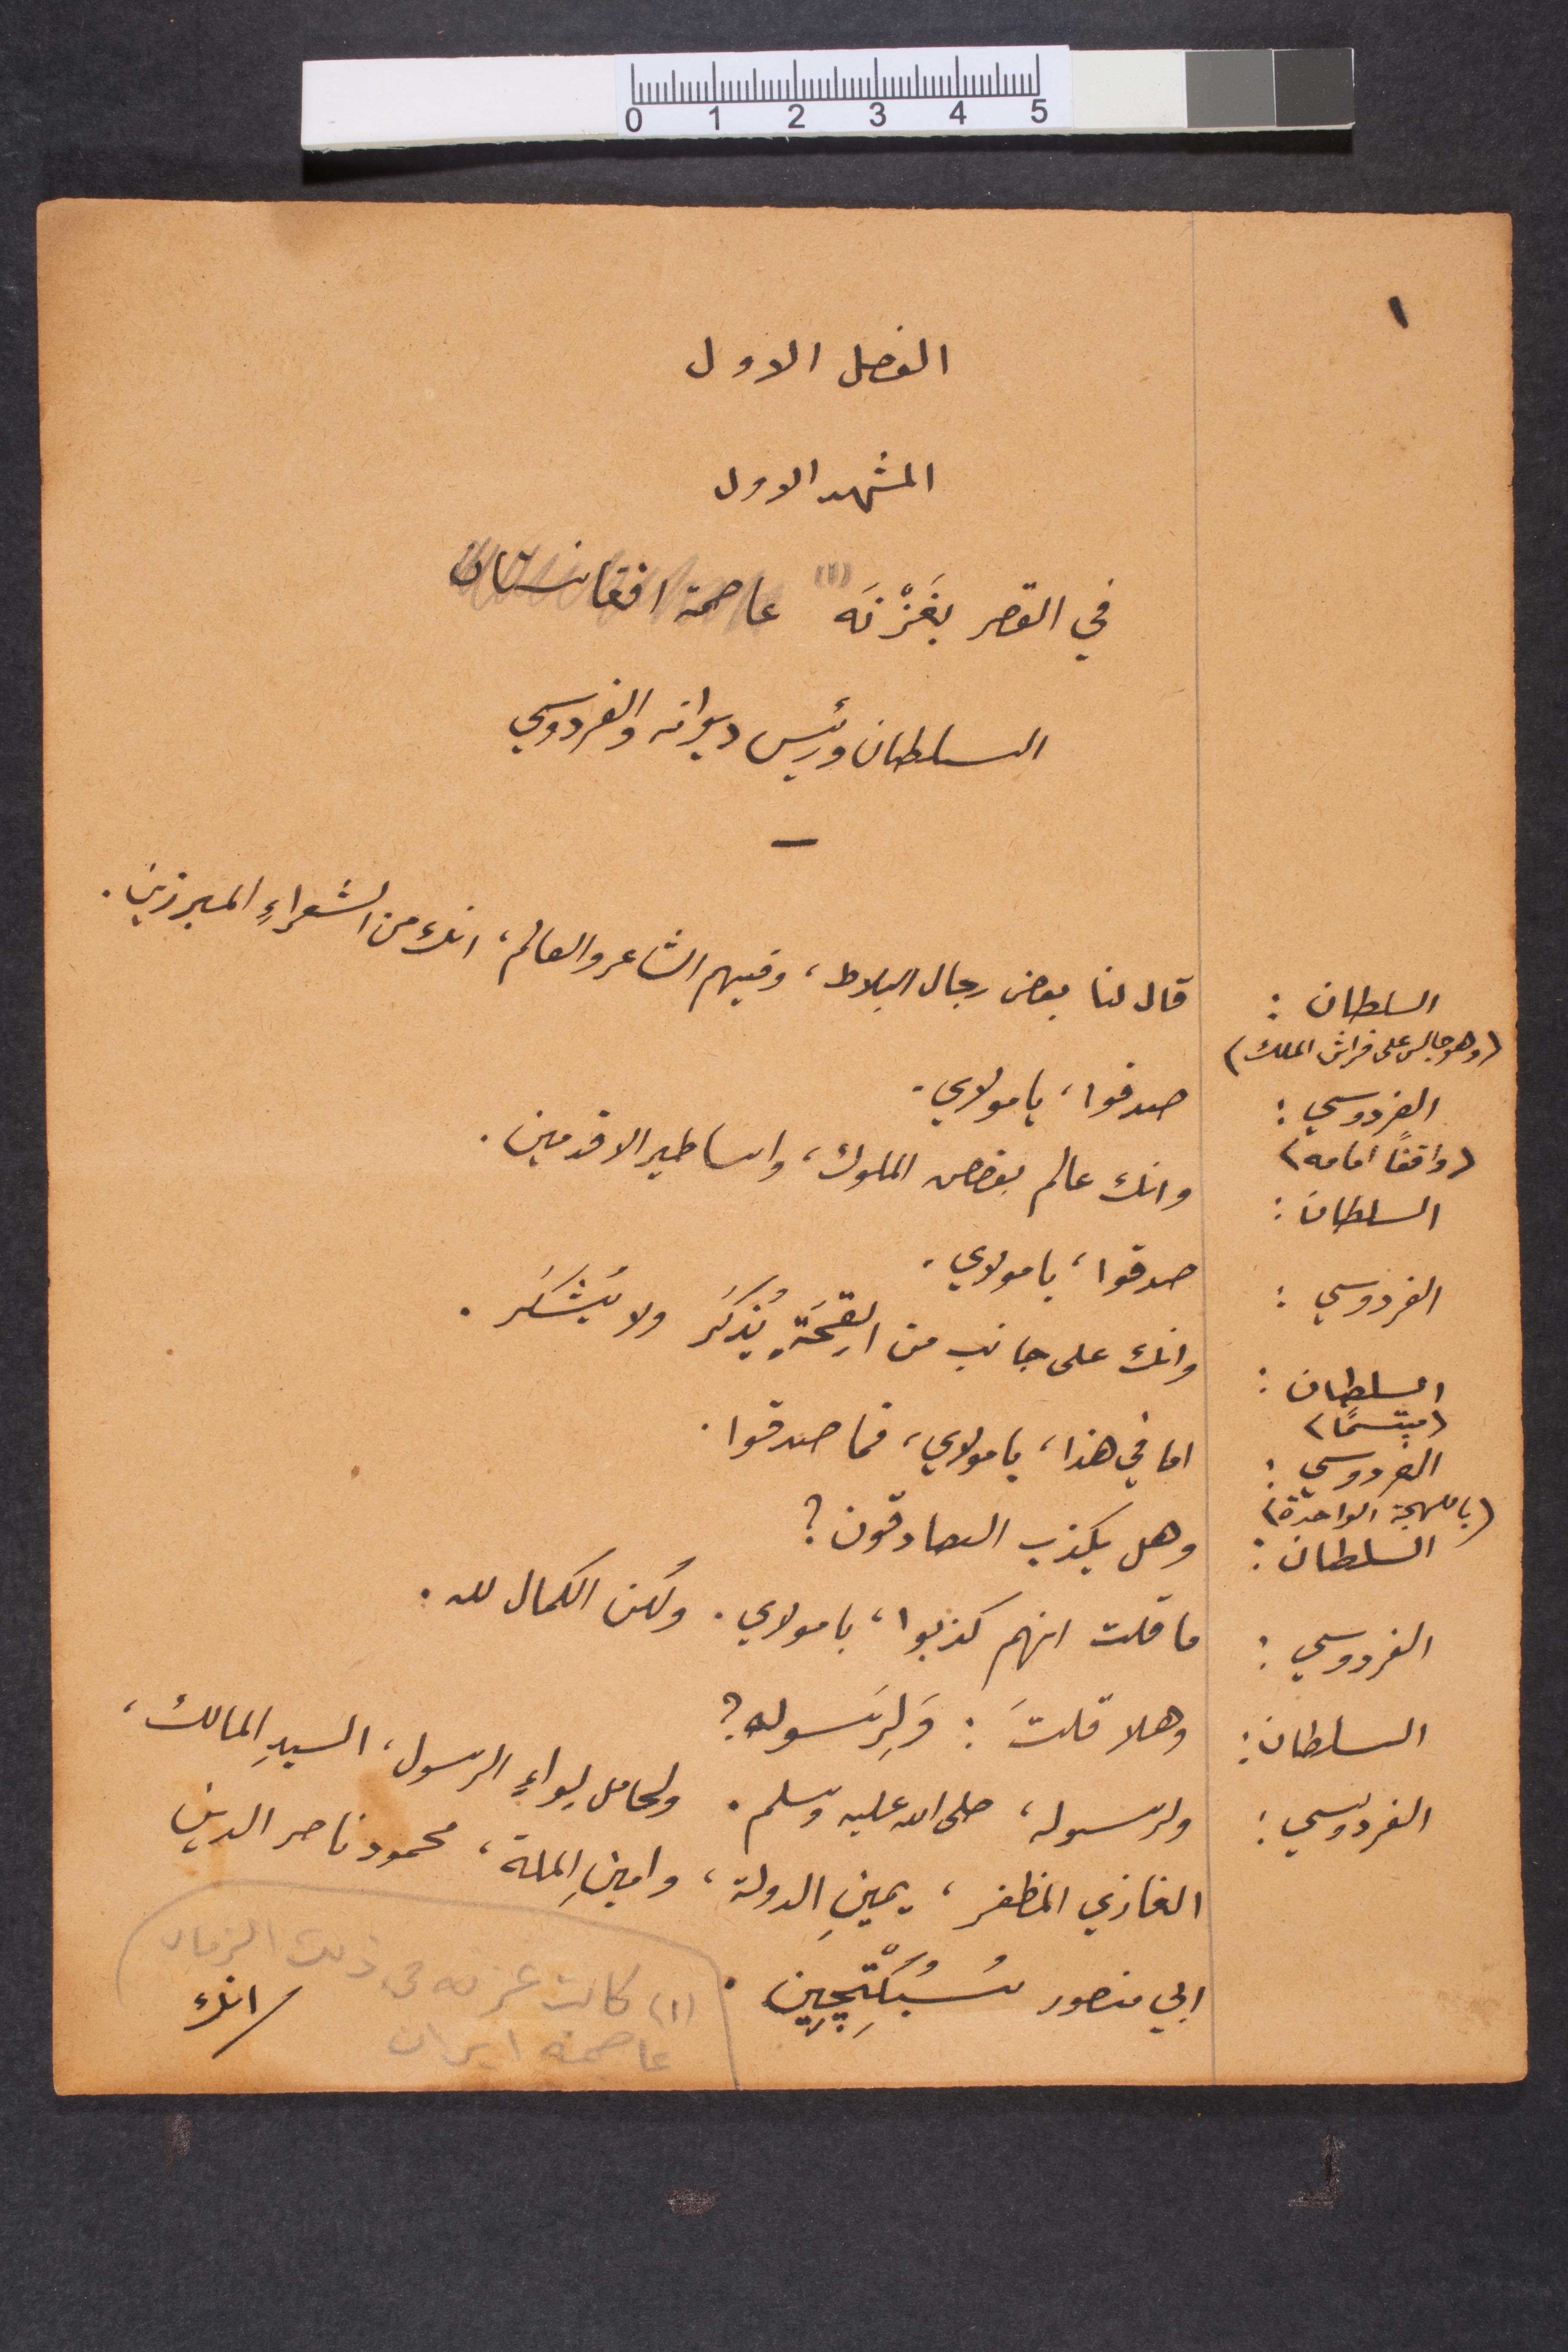
الفصل الأول
المشهد الأول
في القصر بغَزْنَه (١) عاصمة افغانساتن
السلطان ورئيس ديوانه والفردوسي
السلطان:
قال لنا بعض رجال البلاط، وفيهم الشاعر والعالم، انك من الشعراء المبرزين
(وهو جالس على فراش الملك)
الفردوسي: صدقوا يا مولاي.
(واقفًأ امامه)
وانك عالم بقصص الملوك، واساطير الافدمين.
السلطان:
صدقا، يا مولاي
الفردوسي: صدقوا يا مولاي.
وانك على جانب من القِحَة يُذكر ولا يُشكَر
السلطان:
مبتسمًا
اما في هذا، يا مولاي، فما صدقوا
الفردوسي: صدقوا يا مولاي.
(باللهجة الواحدة)
وهل يكذب الصادقون؟
السلطان:
ما قلت انهم كذبوا، يا مولاي، ولكن الكمال لله.
الفردوسي:
السلطان:
وهلا قلتَ: ولرسوله؟
الفردوسي
ولرسوله صلى الله عليه وسلم. ولحامل لواء الرسول، السيد المالك،
الغازي المظفر، يمين الدولة، وامين الملّة، محمود ناصر الدين
انك
ابي منصور سبكتجين
(١) كانت عزبة في ذلك الزمان.
(٢) عاصمة ايران